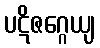
ပဋိဇဂ္ဂေယျ